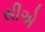
સીએ